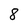
Character: 8